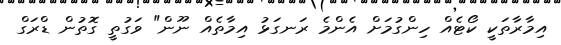
އިމާރާތަކީ ކޯޓެއް ހިންގުމަށް އެންމެ ރަނގަޅު އިމާތެއް ނޫން" ވަގުތީ ގޮތުން ޑްރަގް